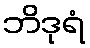
ဘိဒုရံ